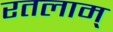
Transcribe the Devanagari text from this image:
रतलाम्